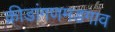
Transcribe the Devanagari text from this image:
क्रीडांगणमडगाव